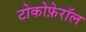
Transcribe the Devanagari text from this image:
टोकोफ़ेरॉल